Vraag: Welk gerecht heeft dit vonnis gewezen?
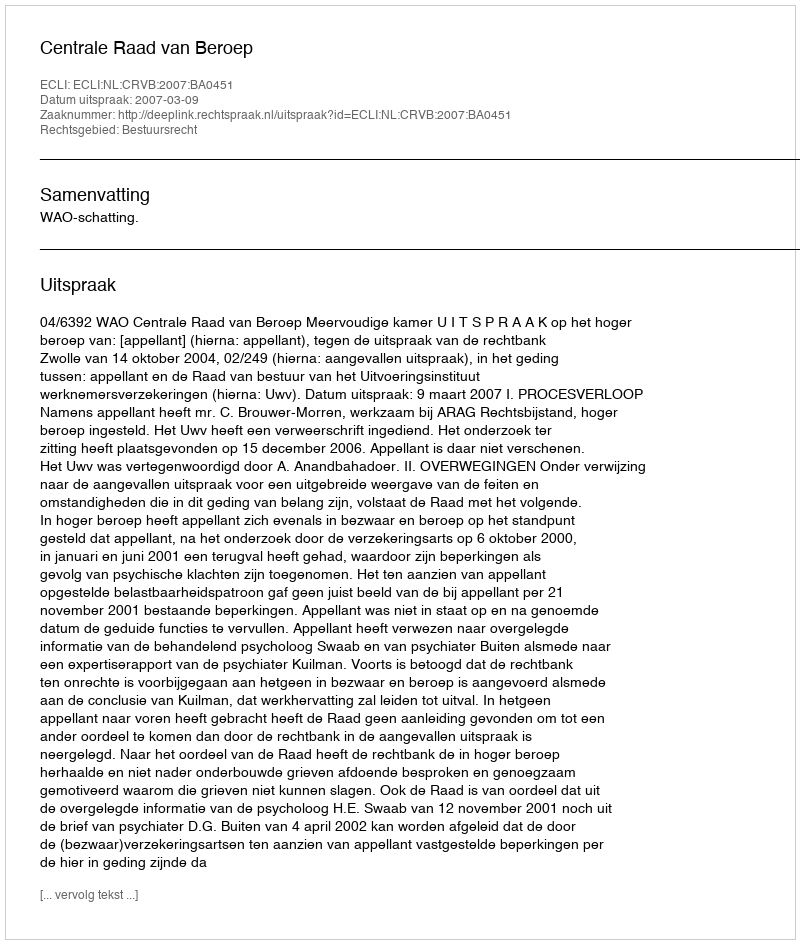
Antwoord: Centrale Raad van Beroep